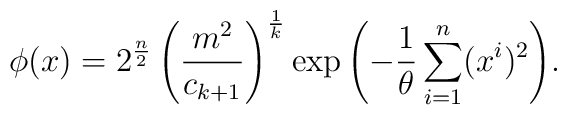
\phi (x) = 2^{\frac{n}{2}} \left( \frac{m^2}{c_{k+1}} \right)^{\frac{1}{k}}\exp{\left( -\frac{1}{\theta} \sum_{i=1}^n (x^i)^2\right)}.